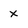
Character: x